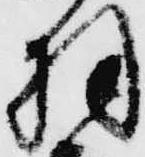
羽